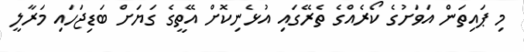
މި ޕައިތަން އަވަށުގެ ކޯރެއްގެ ތެރޭގައި އުޅެނިކޮށް އޭތީގެ ގަޔަށް ބަޑިޖަހައި މަރާލީ